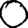
Digit: 0